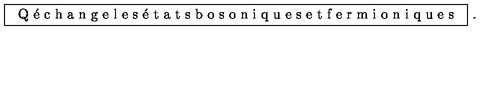
\fbox { \mathrm { Q \' e c h a n g e l e s \' e t a t s b o s o n i q u e s e t f e r m i o n i q u e s } } \ .